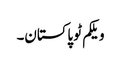
ویلکم ٹو پاکستان۔